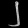
Digit: ၂